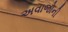
અવાજોની